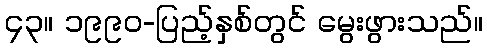
၄၃။ ၁၉၉၀-ပြည့်နှစ်တွင် မွေးဖွားသည်။